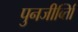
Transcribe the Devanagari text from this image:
पुनजीर्व्ताि